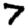
Digit: 7